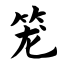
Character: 笼